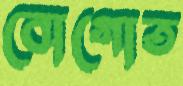
বোগোত